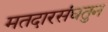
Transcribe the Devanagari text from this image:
मतदारसंघतुन